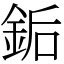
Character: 銗